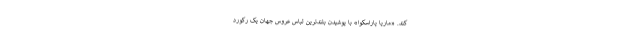
کند. «ماریا پاراسکِوا» با پوشیدن بلندترین لباس عروس جهان یک رکورد